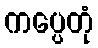
ကပ္ပေတုံ